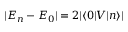
| E _ { n } - E _ { 0 } | = 2 | \langle 0 | V | n \rangle |